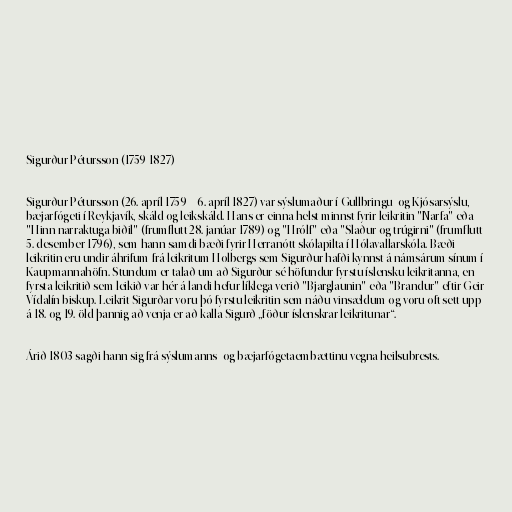
Sigurður Pétursson (1759-1827)

Sigurður Pétursson (26. apríl 1759 – 6. apríl 1827) var sýslumaður í Gullbringu- og Kjósarsýslu,
bæjarfógeti í Reykjavík, skáld og leikskáld. Hans er einna helst minnst fyrir leikritin "Narfa" eða
"Hinn narraktuga biðil" (frumflutt 28. janúar 1789) og "Hrólf" eða "Slaður og trúgirni" (frumflutt
5. desember 1796), sem hann samdi bæði fyrir Herranótt skólapilta í Hólavallarskóla. Bæði
leikritin eru undir áhrifum frá leikritum Holbergs sem Sigurður hafði kynnst á námsárum sínum í
Kaupmannahöfn. Stundum er talað um að Sigurður sé höfundur fyrstu íslensku leikritanna, en
fyrsta leikritið sem leikið var hér á landi hefur líklega verið "Bjarglaunin" eða "Brandur" eftir Geir
Vídalín biskup. Leikrit Sigurðar voru þó fyrstu leikritin sem náðu vinsældum og voru oft sett upp
á 18. og 19. öld þannig að venja er að kalla Sigurð „föður íslenskrar leikritunar“.

Árið 1803 sagði hann sig frá sýslumanns- og bæjarfógetaembættinu vegna heilsubrests.